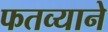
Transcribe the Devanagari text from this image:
फतव्याने